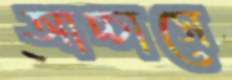
আচ্চাসে